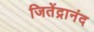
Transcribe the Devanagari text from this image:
जितेंद्रानंद